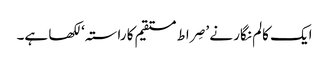
ایک کالم نگار نے ’صِراط مستقیم کا راستہ‘ لکھا ہے۔